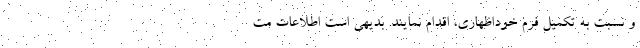
و نسبت به تکمیل فرم خوداظهاری، اقدام نمایند. بدیهی است اطلاعات مت